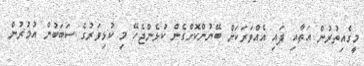
މީގެއިތުރުން އަތާއި ފައި އެއްވަރަކަށް ބޭނުންކޮށްގެން ކުޅެންޖެހޭ މި ކުޅިވަރުގެ ސަބަބުން އުމުރުން